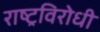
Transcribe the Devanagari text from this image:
राष्‍ट्रविरोधी